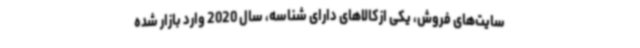
سایت‌های فروش، یکی ازکالاهای دارای شناسه، سال 2020 وارد بازار شده